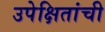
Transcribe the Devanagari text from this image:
उपेक्षितांची